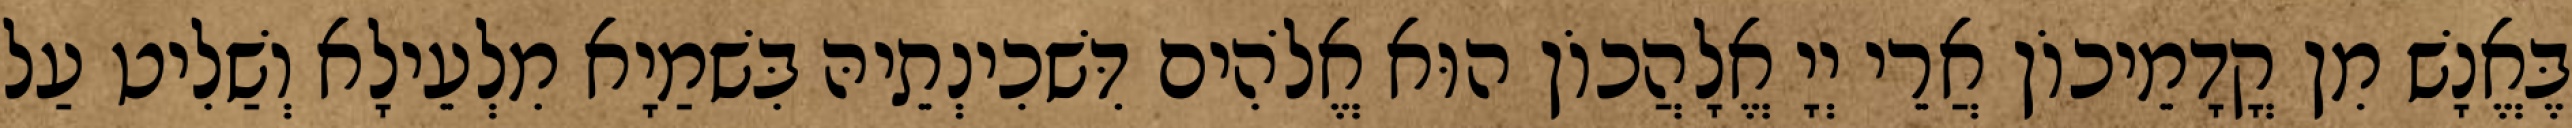
בֶּאֱנָשׁ מִן קֳדָמֵיכוֹן אֲרֵי יְיָ אֱלָהֲכוֹן הוּא אֱלֹהִים דִּשׁכִינְתֵיהּ בִּשׁמַיָא מִלְעֵילָא וְשַׁלִיט עַל